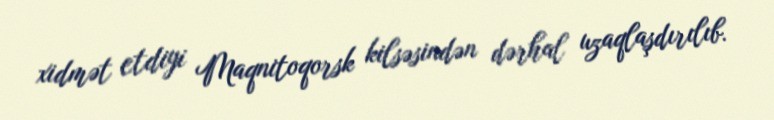
xidmət etdiyi Maqnitoqorsk kilsəsindən dərhal uzaqlaşdırılıb.